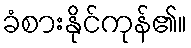
ခံစားနိုင်ကုန်၏။